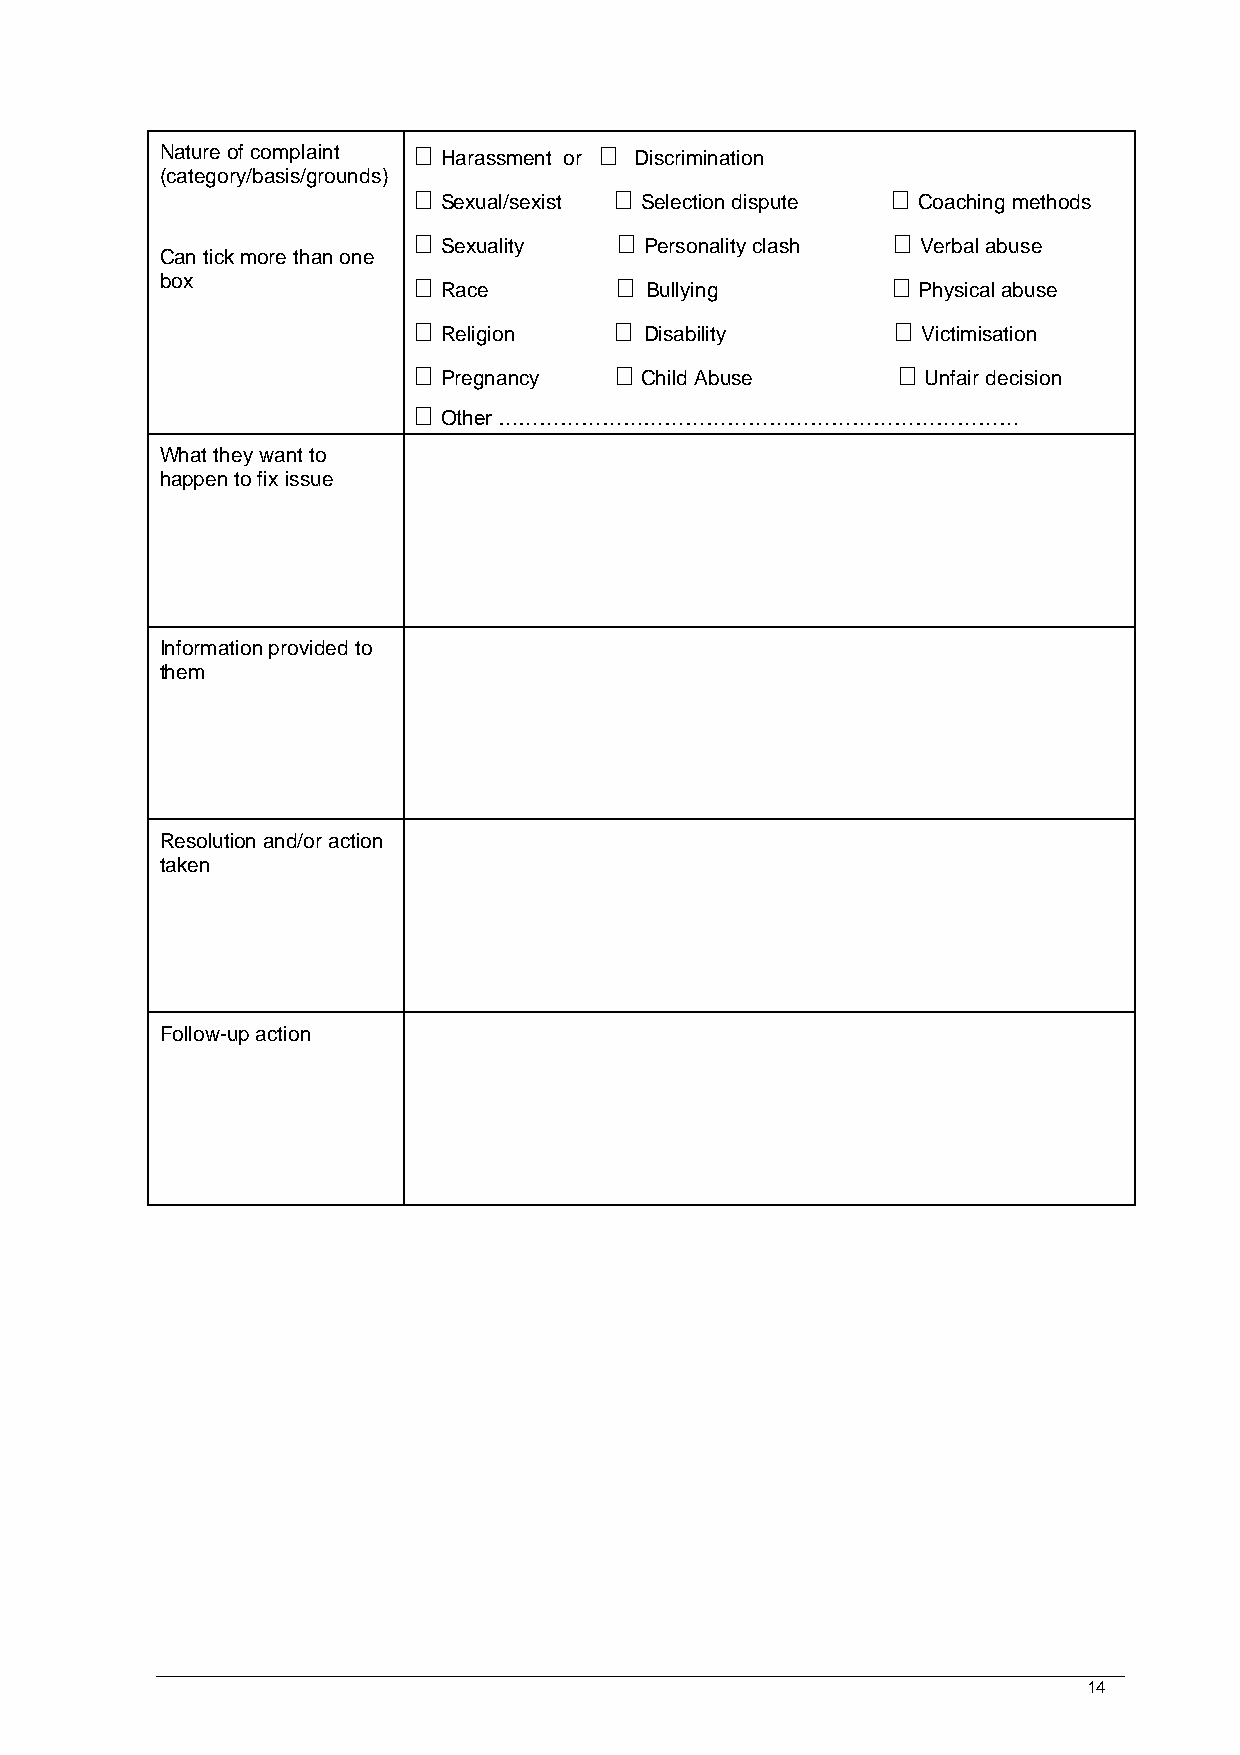
Nature of complaint  Harassment or  Discrimination
 (category/basis/grounds)
                               
 Sexual/sexist Selection dispute Coaching methods
                               
 Sexuality     Personality clash Verbal abuse
 Can tick more than one
 box                                           
 Race          Bullying          Physical abuse
                               
 Religion      Disability        Victimisation
                               
 Pregnancy    Child Abuse        Unfair decision
 
 Other …………………………………………………………………
 What they want to
 happen to fix issue
 Information provided to
 them
 Resolution and/or action
 taken
 Follow-up action
 14